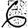
Digit: 6